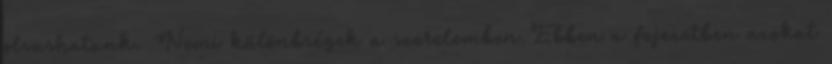
olvashatunk. Nemi különbségek a szerelemben Ebben a fejezetben azokat